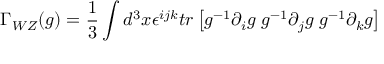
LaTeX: \Gamma _ { W Z } ( g ) = { \frac { 1 } { 3 } } \int d ^ { 3 } x \epsilon ^ { i j k } t r \left[ g ^ { - 1 } \partial _ { i } g \; g ^ { - 1 } \partial _ { j } g \; g ^ { - 1 } \partial _ { k } g \right]